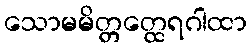
သောမမိတ္တတ္ထေရဂါထာ